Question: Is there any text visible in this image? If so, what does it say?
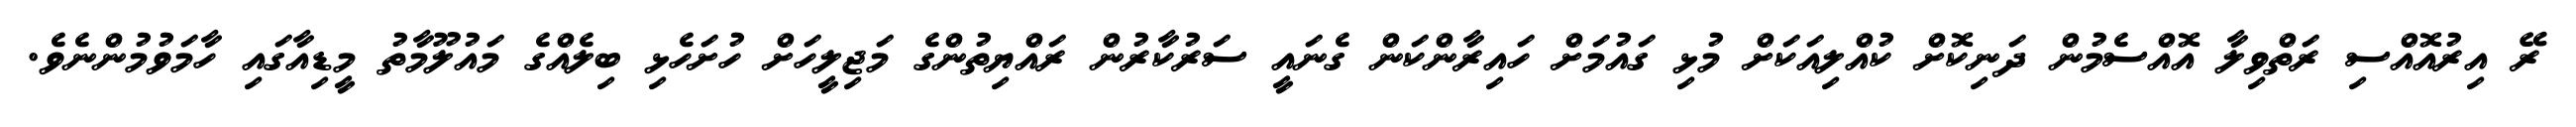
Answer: ރޭ އިރުއޮއްސި ރަތްވިލާ އޮއްސެމުން ދަނިކޮށް ކުއްލިއަކަށް މުޅި ގައުމަށް ހައިރާންކަން ގެނައީ ސަރުކާރުން ރައްޔިތުންގެ މަޖިލީހަށް ހުށަހެޅި ބިލެއްގެ މައުލޫމާތު މީޑިއާގައި ހާމަވުމުންނެވެ.